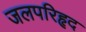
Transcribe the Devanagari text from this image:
जलपरिहृद